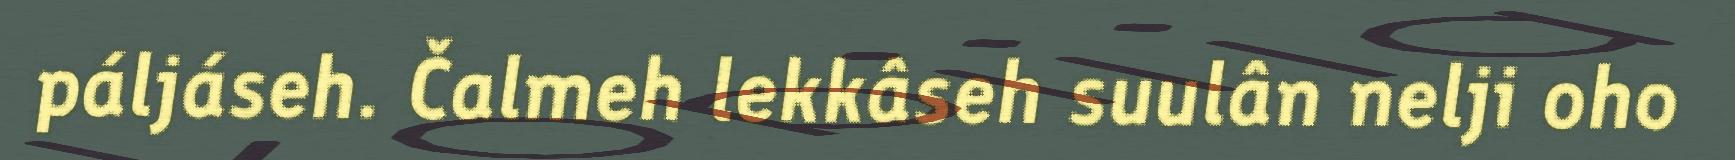
páljáseh. Čalmeh lekkâseh suulân nelji oho